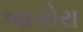
બાકોરા